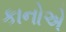
કાનોએ